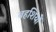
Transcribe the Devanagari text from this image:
बहशियों